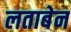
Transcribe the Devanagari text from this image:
लताबेन